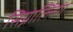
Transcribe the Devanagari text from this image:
सिग्नाल्लिंग